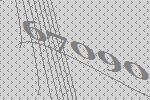
67090